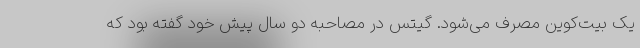
یک بیت‌کوین مصرف می‌شود. گیتس در مصاحبه دو سال پیش خود گفته بود که